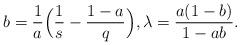
LaTeX: \begin{align*} b=\frac{1}{a}\Big(\frac{1}{s}-\frac{1-a}{q}\Big), \lambda=\frac{a(1-b)}{1-ab}. \end{align*}